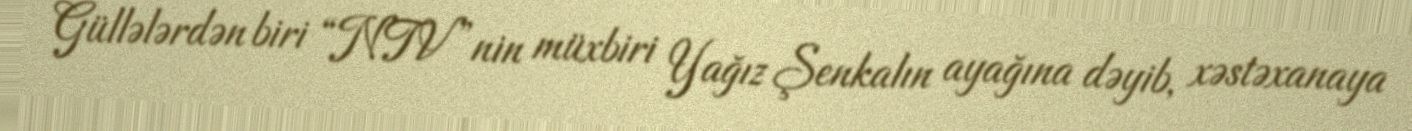
Güllələrdən biri “NTV”nin müxbiri Yağız Şenkalın ayağına dəyib, xəstəxanaya